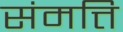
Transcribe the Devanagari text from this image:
संमत्ति